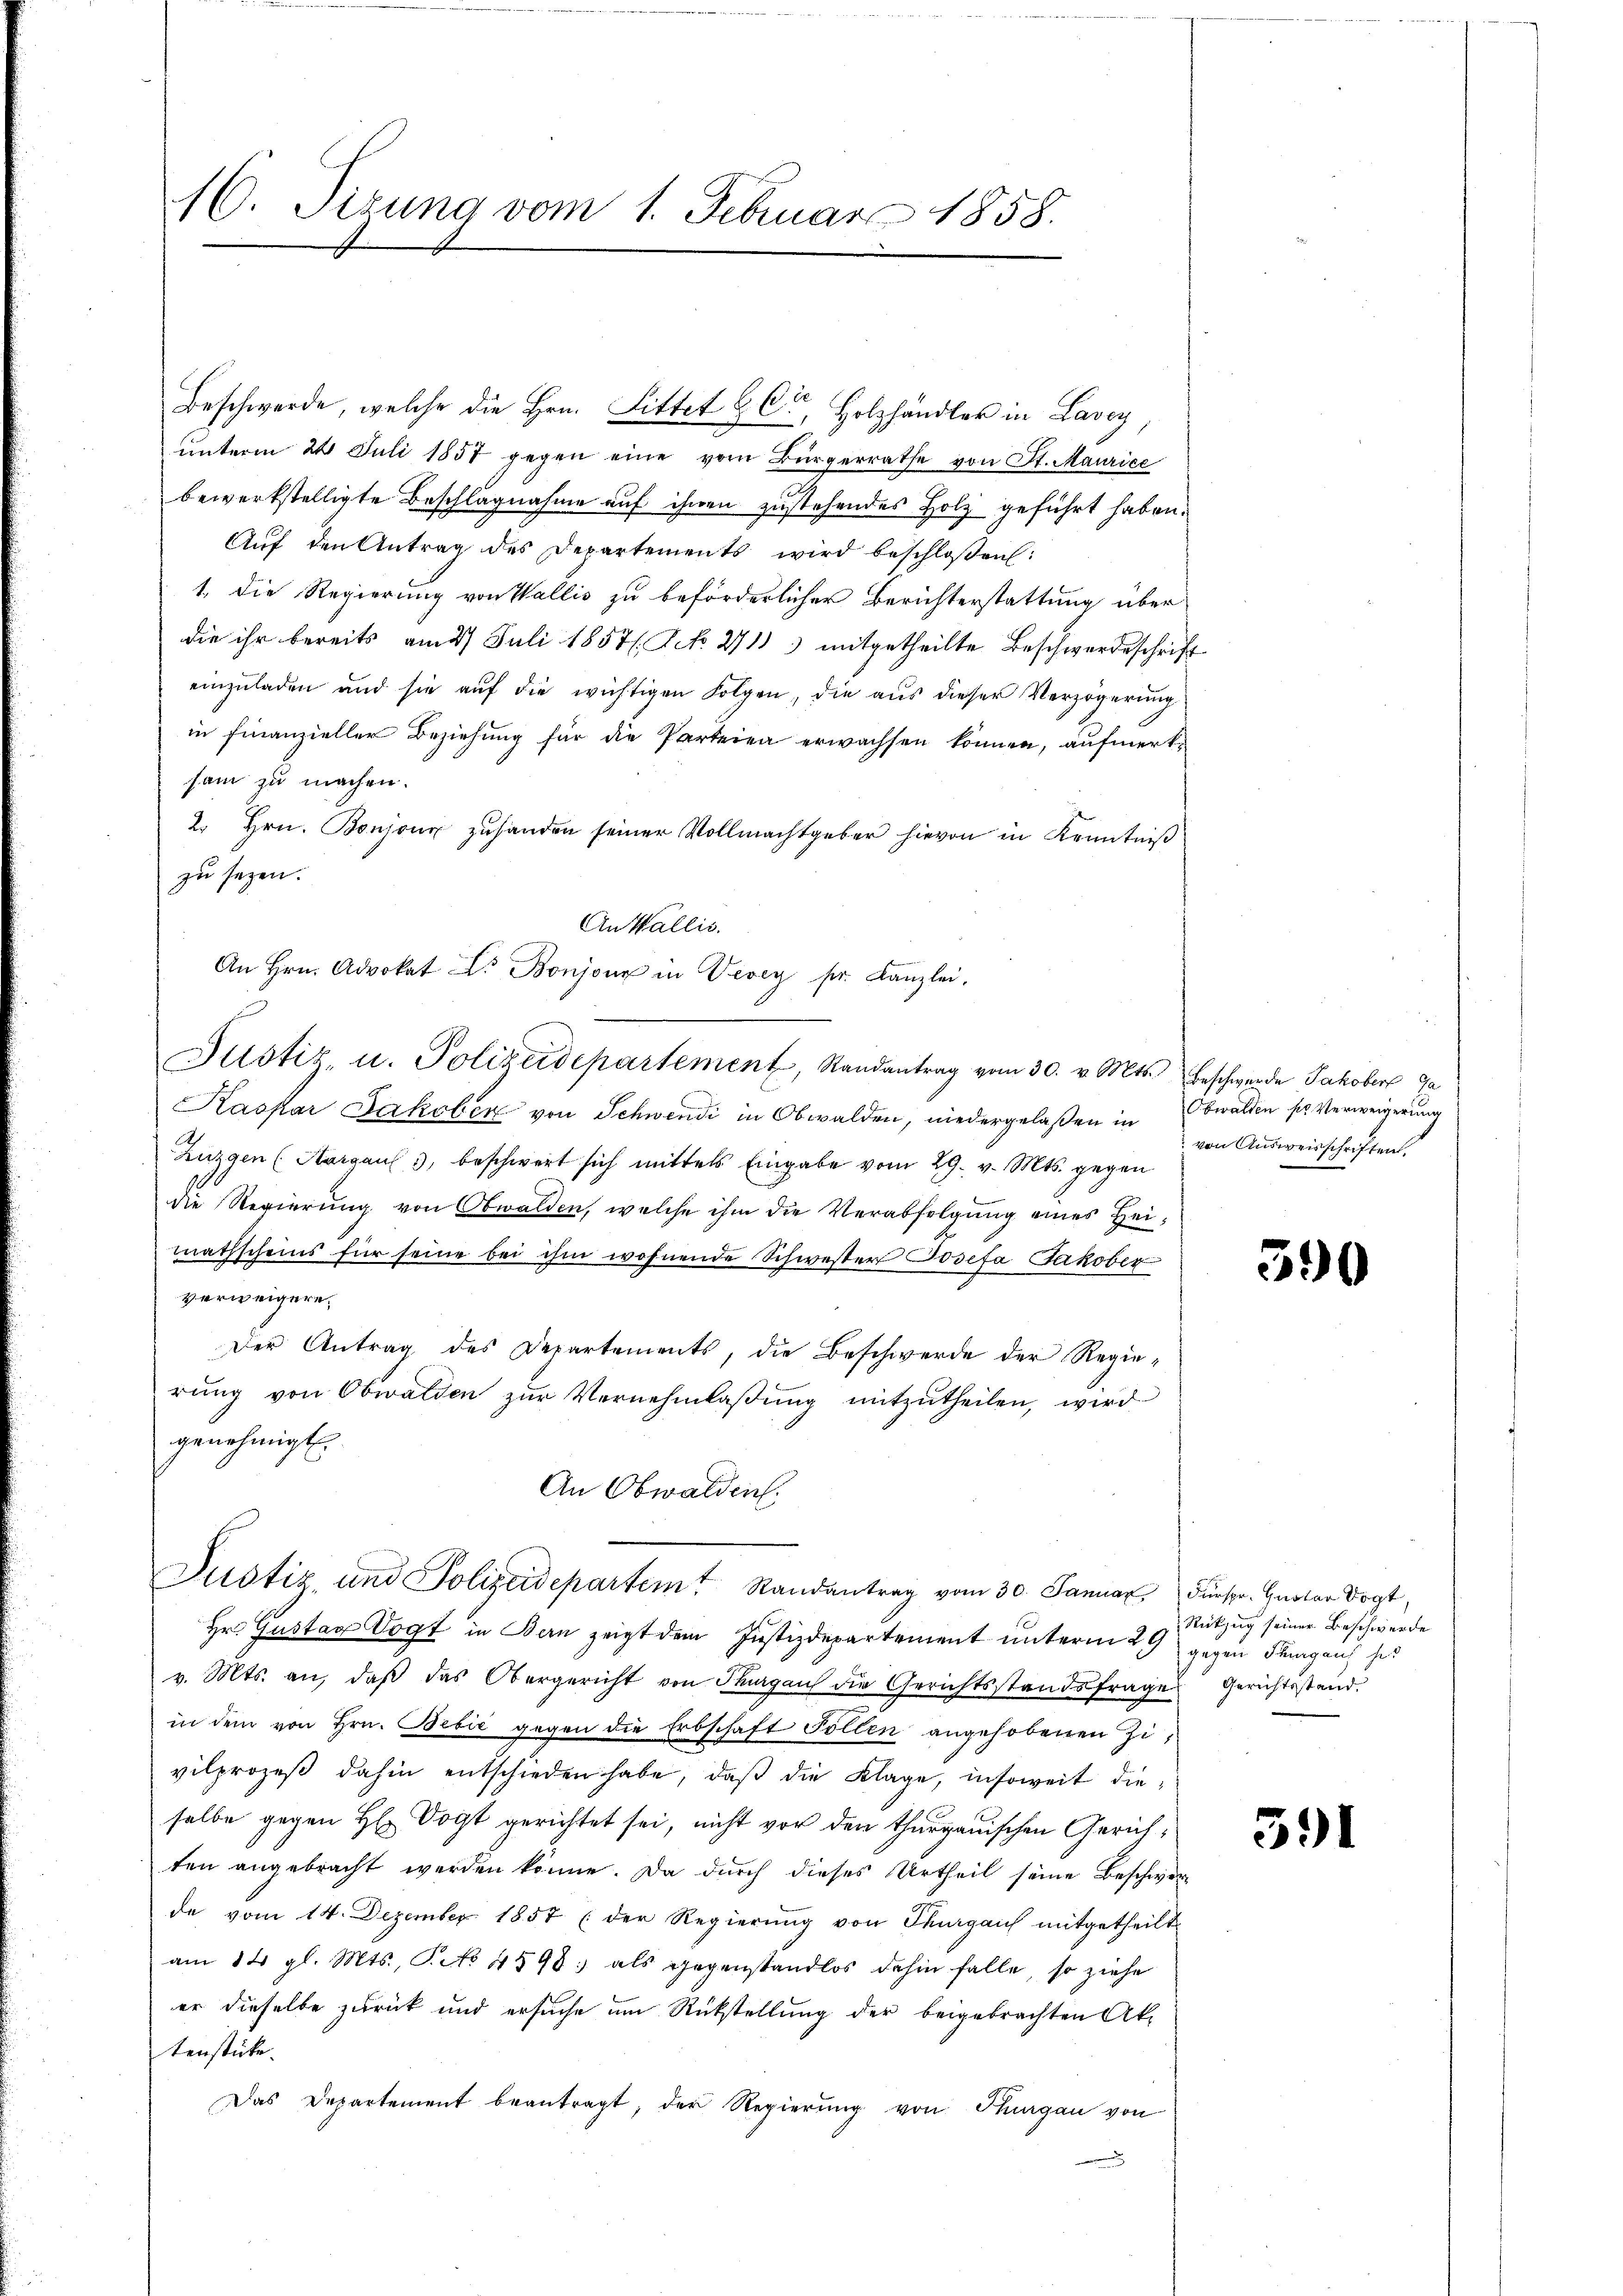
16. Sizung vom 1. Februar 1858.

Beschwerde, welche die Hrn. Littet BC, Holzhändler in Lavey
unterm 24. Juli 1857 gegen eine vom Bürgerrathe von St. Maurice
bewerkstelligte Beschlagnahme auf ihnen zustehendes Holz geführt haben.
Aŭf den Antrag des Departements wird beschloßen:
1. Die Regierung von Wallis zu beförderlicher Berichterstattung über
die ihr bereits am 27 Juli 1857/ Ick 271 mitgetheilte Beschwerdeschrift
einzuladen und sie auf die wichtigen Folgen, die aus dieser Verzögerung
in finanzieller Beziehung für die Parteien erwachsen können, aufmerksam zu machen.
2. Hrn. Bonjonx zuhanden seiner Vollmachtgeber hievon in Kenntniß
zu sagen.
An Wallis.
An Hrn. Advokat Dr. Bonjour in Vevey pr. Kanzlei,
Justiz, u. Polizeidepartement, Randantrag vom 30. v. Mts. beschwerde Jakober Ga
Kaspar Jakober von Schwendi in Obwalden, niedergelaßen in Obwalden ser Verweigerung
Zuzgen (Aargaus 3, beschwert sich mittels Eingabe vom 29. v. Mts. gegen
die Regierung von Obwalden, welche ihm die Verabfolgung eines Heimathscheins für seine bei ihm wohnende Schwester Josefa Jakober
verweigere.
Der Antrag des Departements, die Beschwerde der Regierung von Obwalden zur Vernehmlaßung mitzutheilen, wird
genehmigt.
An Obwalden.
Justiz und Polizeidepartem Randantrag vom 30. Januar. Fürspr. Quoter Vogt,
Hr. Gustav Vogt in Bern zeigt dem Justizdepartement unterm 29 gegen Flangen, zu
v. Mts. an, daβ das Obergericht von Thurgau die Gerichtsstandsfrage Gerichtsstand
in dem von Hrn. Bebić gegen die Erbschaft Follen angehobenen Zivilprozeβ dahin entschieden habe, daβ die Klage, insoweit dieselbe gegen H. Vogt gerichtet sei, nicht vor den thurgauischen Gerichten angebracht werden könne. Da durch dieses Urtheil seine Beschworde vom 14. Dezember 1857 (der Regierung von Thurgau mitgetheilt
am 14. gl. Mts., S. 4598; als gegenstandlos dahin falle, so ziehe
er dieselbe zurück und ersuche um Rückstellung der beigebrachten Aktenstücke.
Das Departement beantragt, der Regierŭng von Thurgau von

von Ausweisschriften.

590

Rückzug seiner Beschwerde

591